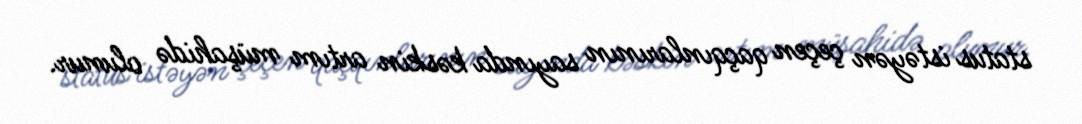
status istəyən çeçen qaçqınlarının sayında kəskin artım müşahidə olunur.